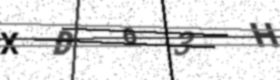
Text: XD63H